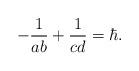
LaTeX: \begin{align*}-\frac{1}{ab}+\frac{1}{cd}=\hbar.\end{align*}